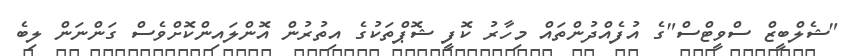
"ޝެލްބީޒް ސްވީޓްސް"ގެ އުފެއްދުންތައް މިހާރު ކޮފީ ޝޮޕްތަކުގެ އިތުރުން އޮންލައިންކޮށްވެސް ގަންނަން ލިބެ